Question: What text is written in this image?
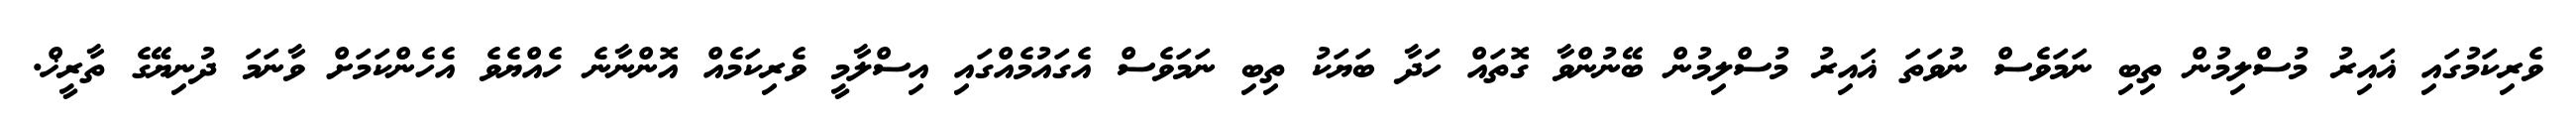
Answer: ވެރިކަމުގައި ޣައިރު މުސްލިމުން ތިބި ނަމަވެސް ނުވަތަ ޣައިރު މުސްލިމުން ބޭނުންވާ ގޮތައް ހަދާ ބަޔަކު ތިބި ނަމަވެސް އެގައުމެއްގައި އިސްލާމީ ވެރިކަމެއް އޮންނާނެ ހެއްޔެވެ އެހެންކަމަށް ވާނަމަ ދުނިޔޭގެ ތާރީޚް.